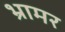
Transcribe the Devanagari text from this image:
भ्रामर